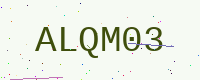
Text: ALQM03